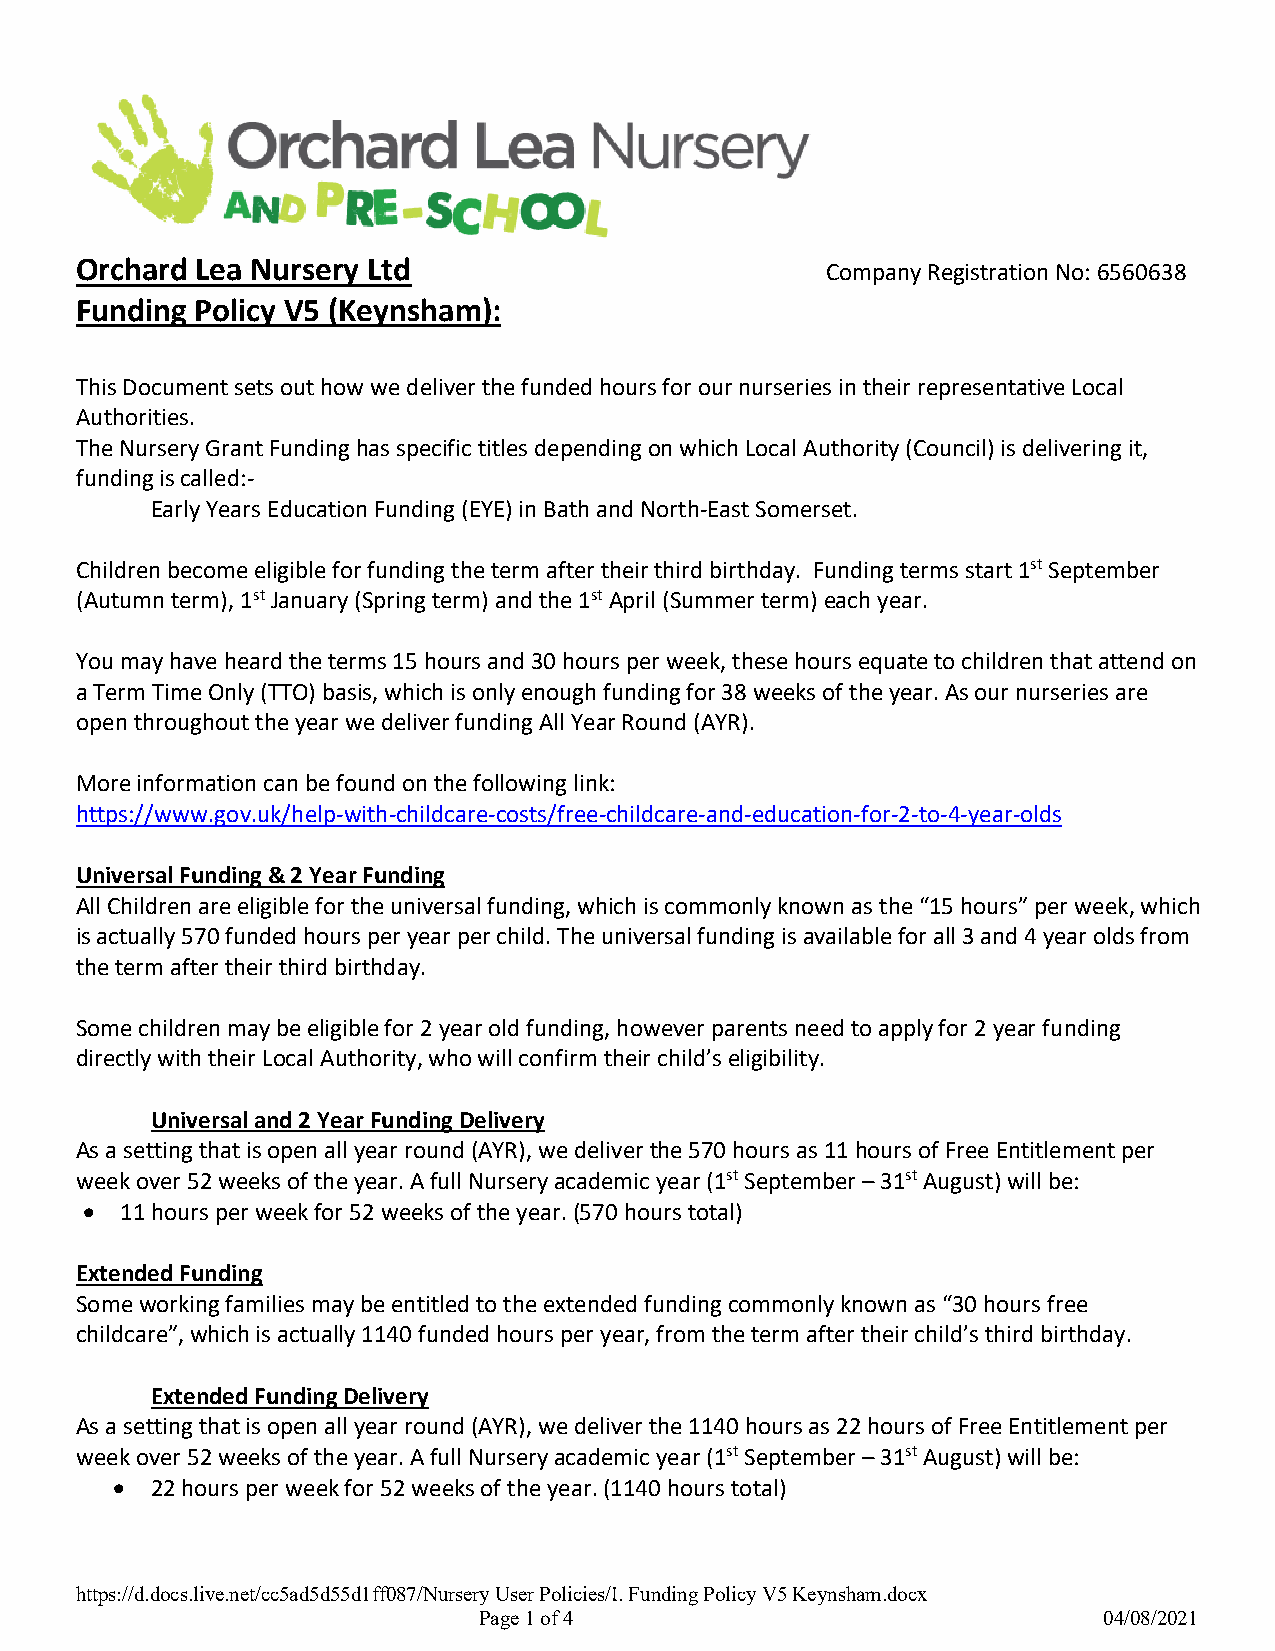
Orchard Lea Nursery Ltd                           Company Registration No: 6560638
 Funding Policy V5 (Keynsham):
 This Document sets out how we deliver the funded hours for our nurseries in their representative Local
 Authorities.
 The Nursery Grant Funding has specific titles depending on which Local Authority (Council) is delivering it,
 funding is called:-
 Early Years Education Funding (EYE) in Bath and North-East Somerset.
 Children become eligible for funding the term after their third birthday. Funding terms start 1st September
 (Autumn term), 1st January (Spring term) and the 1st April (Summer term) each year.
 You may have heard the terms 15 hours and 30 hours per week, these hours equate to children that attend on
 a Term Time Only (TTO) basis, which is only enough funding for 38 weeks of the year. As our nurseries are
 open throughout the year we deliver funding All Year Round (AYR).
 More information can be found on the following link:
 https://www.gov.uk/help-with-childcare-costs/free-childcare-and-education-for-2-to-4-year-olds
 Universal Funding & 2 Year Funding
 All Children are eligible for the universal funding, which is commonly known as the “15 hours” per week, which
 is actually 570 funded hours per year per child. The universal funding is available for all 3 and 4 year olds from
 the term after their third birthday.
 Some children may be eligible for 2 year old funding, however parents need to apply for 2 year funding
 directly with their Local Authority, who will confirm their child’s eligibility.
 Universal and 2 Year Funding Delivery
 As a setting that is open all year round (AYR), we deliver the 570 hours as 11 hours of Free Entitlement per
 week over 52 weeks of the year. A full Nursery academic year (1st September – 31st August) will be:
 •  11 hours per week for 52 weeks of the year. (570 hours total)
 Extended Funding
 Some working families may be entitled to the extended funding commonly known as “30 hours free
 childcare”, which is actually 1140 funded hours per year, from the term after their child’s third birthday.
 Extended Funding Delivery
 As a setting that is open all year round (AYR), we deliver the 1140 hours as 22 hours of Free Entitlement per
 week over 52 weeks of the year. A full Nursery academic year (1st September – 31st August) will be:
 • 22 hours per week for 52 weeks of the year. (1140 hours total)
 https://d.docs.live.net/cc5ad5d55d1ff087/Nursery User Policies/I. Funding Policy V5 Keynsham.docx
 Page 1 of 4                              04/08/2021